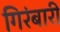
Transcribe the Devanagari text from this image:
गिरंबारी